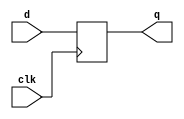
//#############################################################################
//# Function: Negative edge-triggered static D-type flop-flop                 #
//# Copyright: OH Project Authors. ALl rights Reserved.                       #
//# License:  MIT (see LICENSE file in OH repository)                         # 
//#############################################################################

module oh_dffnq #(parameter DW = 1) // array width
   (
    input [DW-1:0] 	d,
    input [DW-1:0] 	clk,
    output reg [DW-1:0] q
    );
   
   always @ (negedge clk)
     q <= d;
      
endmodule